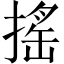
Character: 搖